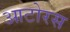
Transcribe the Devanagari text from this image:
आटोरस